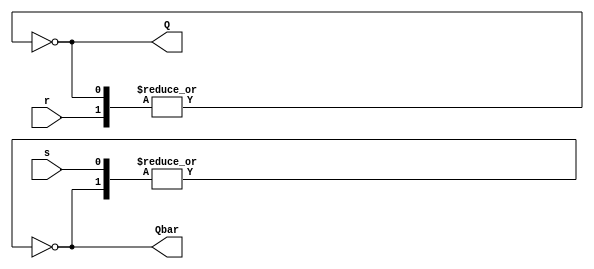
module sr_latch (
    input s,
    input r,
    output Q,
    output Qbar
);
wire nand_s, nand_r;

assign nand_s = ~(|{s, Qbar});
assign nand_r = ~(|{r, Q});

assign Q = nand_r;
assign Qbar = nand_s;

endmodule